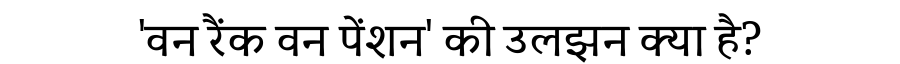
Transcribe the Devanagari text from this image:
'वन रैंक वन पेंशन' की उलझन क्या है?